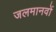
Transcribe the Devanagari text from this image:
जलमानवों